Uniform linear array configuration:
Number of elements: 4
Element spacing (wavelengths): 0.25
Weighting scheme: exponential
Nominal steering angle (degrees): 15
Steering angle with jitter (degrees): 15.702
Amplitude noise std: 0.05
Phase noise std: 0.05

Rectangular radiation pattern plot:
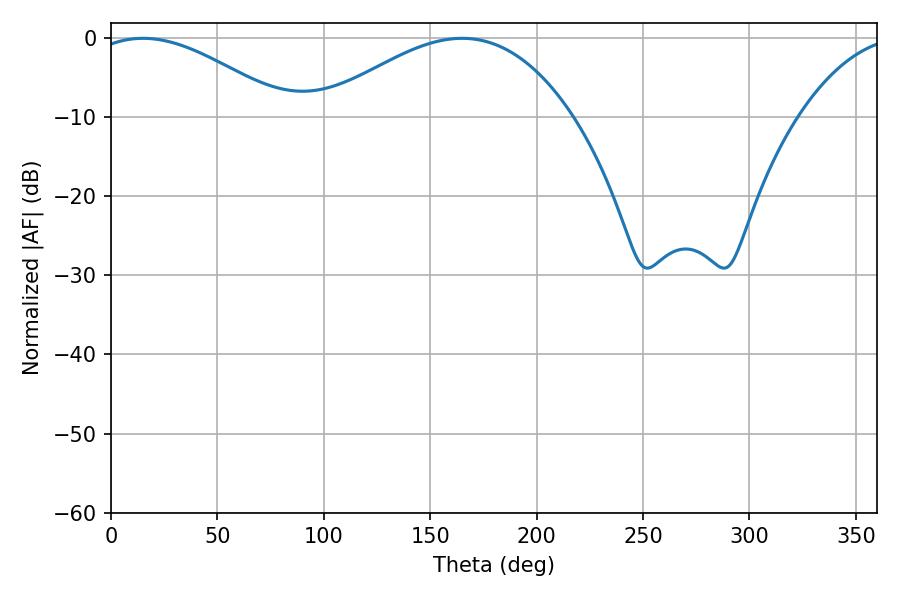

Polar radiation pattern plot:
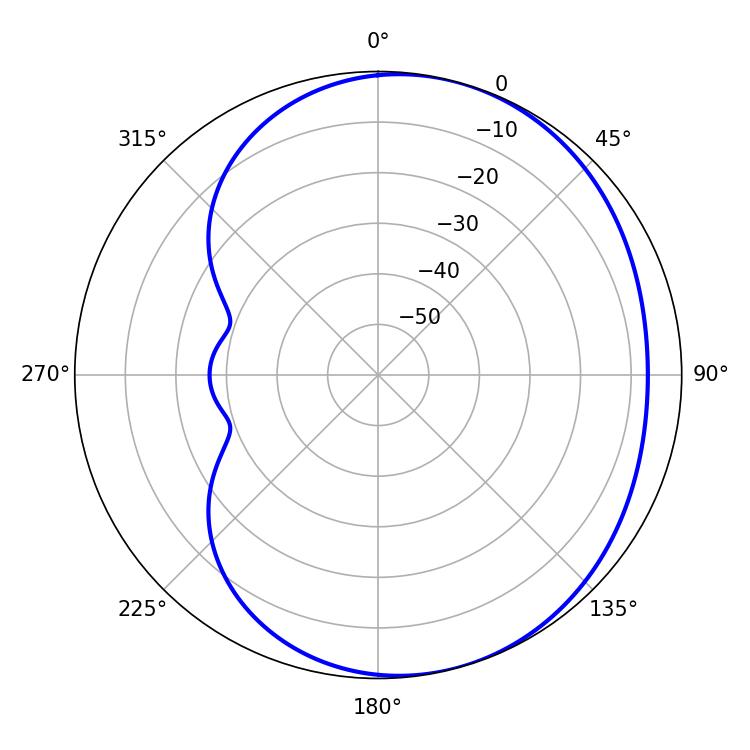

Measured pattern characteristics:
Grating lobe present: FALSE
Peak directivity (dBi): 3.984
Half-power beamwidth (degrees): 50.76
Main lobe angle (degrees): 14.94